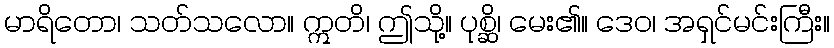
မာရိတော၊ သတ်သလော။ ဣတိ၊ ဤသို့။ ပုစ္ဆိ၊ မေး၏။ ဒေဝ၊ အရှင်မင်းကြီး။